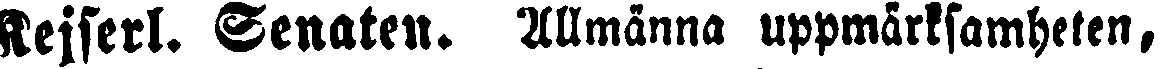
Kejserl. Senaten. Allmänna uppmärksamheten,